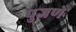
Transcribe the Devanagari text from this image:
पुजणे